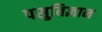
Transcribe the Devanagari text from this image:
पसुविज्ञान